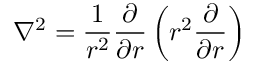
\nabla ^ { 2 } = \frac { 1 } { r ^ { 2 } } \frac { \partial } { \partial r } \left( r ^ { 2 } \frac { \partial } { \partial r } \right)